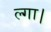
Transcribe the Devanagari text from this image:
ल्गा।